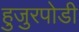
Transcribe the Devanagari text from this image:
हुजुरपोडी